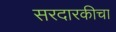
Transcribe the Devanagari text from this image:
सरदारकीचा